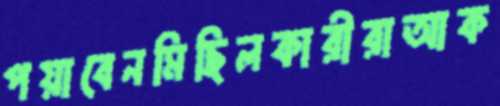
পয়াবেনমিছিলকারীরাআক